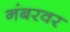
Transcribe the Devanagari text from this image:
नंबरवर